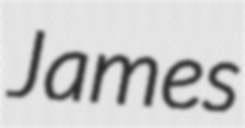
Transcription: James